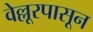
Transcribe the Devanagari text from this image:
वेल्लूरपासून